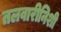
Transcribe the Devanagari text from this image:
तलवारीनिशी